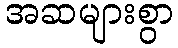
အဆများစွာ